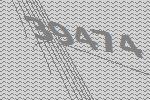
39474